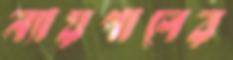
ন্যায়পালের